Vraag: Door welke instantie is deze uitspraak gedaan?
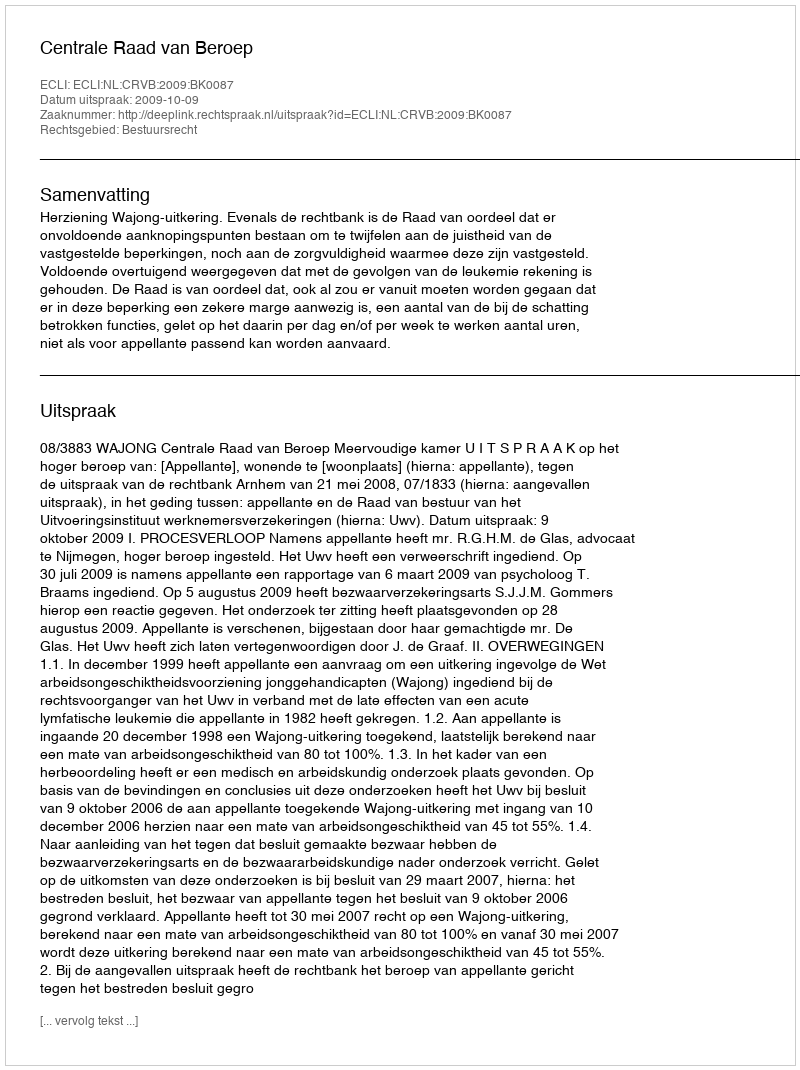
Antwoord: Centrale Raad van Beroep